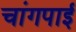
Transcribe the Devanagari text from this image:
चांगपाई